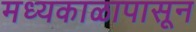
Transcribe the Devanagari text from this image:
मध्यकाळापासून